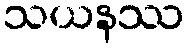
သယနဿ